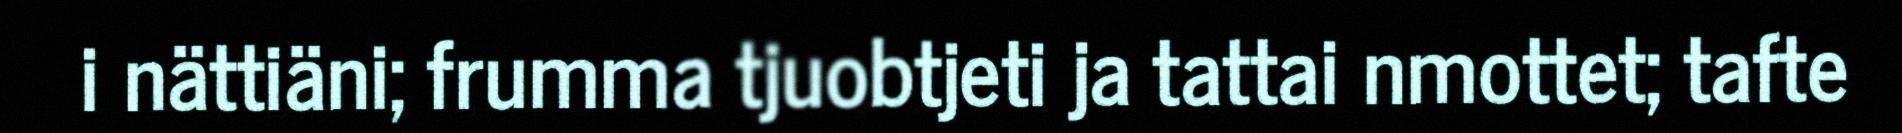
i nättiäni; frumma tjuobtjeti ja tattai nmottet; tafte